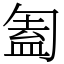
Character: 㔩